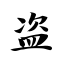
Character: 盗